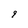
Character: 9